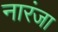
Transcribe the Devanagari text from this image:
नारंजा